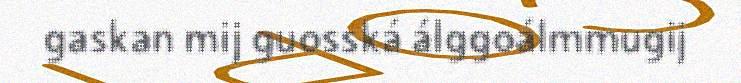
gaskan mij guosská álggoálmmugij